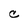
Character: C